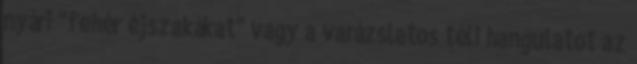
nyári "fehér éjszakákat" vagy a varázslatos téli hangulatot az